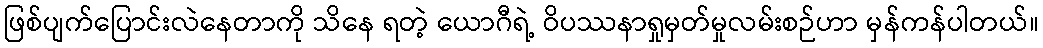
ဖြစ်ပျက်ပြောင်းလဲနေတာကို သိနေ ရတဲ့ ယောဂီရဲ့ ဝိပဿနာရှုမှတ်မှုလမ်းစဉ်ဟာ မှန်ကန်ပါတယ်။